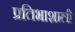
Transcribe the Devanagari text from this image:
प्रतिभाशाली